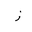
Letter: _zay